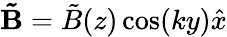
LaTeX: \mathbf{\tilde{B}}=\tilde{B}(z)\cos(ky)\hat{x}